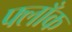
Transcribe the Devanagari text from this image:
फ्लाँक